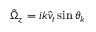
\hat { \Omega } _ { z } = i k \hat { v } _ { t } \sin \theta _ { \boldsymbol { k } }